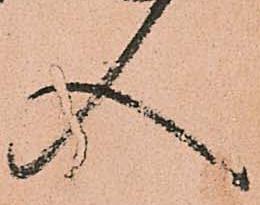
入